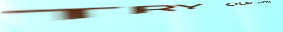
TRY OUR PIZZA